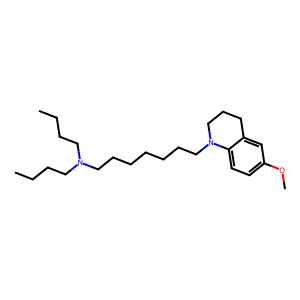
SMILES: CCCCN(CCCC)CCCCCCCN1CCCc2cc(OC)ccc21
Inhibits HIV replication: No